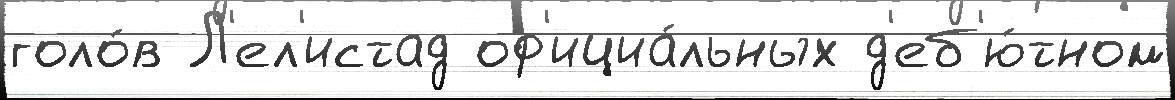
голо́в Л'ел'истад оф'ициа́льных д'еб'ю́тном